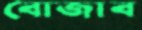
বোজাব